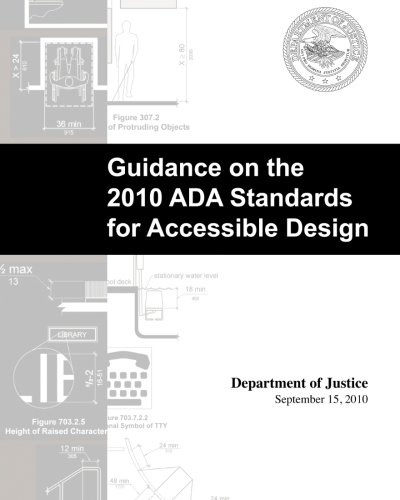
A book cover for Guidance on the 2010 ADA Standards for Accessible Design; Department of Justice; Law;